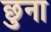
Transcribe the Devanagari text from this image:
छुना